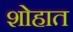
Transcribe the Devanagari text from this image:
शोहात